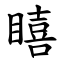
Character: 瞦